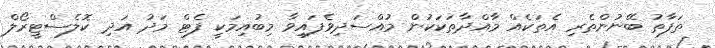
ތަފާތު ބޭނުންތެރި އެތަކެއް މާއްދާތަކަކުން މުއްސަދިވެފައިވާ މިބުއިމަކީ ފެޓް މަދު އަދި ކޮލެސްޓީރޯލް